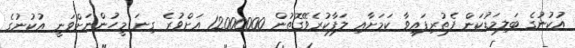
އުކުނުގެ ބަލިމަޑުކަން ފެތުރިފައިވާ ކަމަށާއި ލަފާކުރެވޭގޮތުން 12000000 އަށްވުރެ ގިނަ މީހުންނަށްވަނީ އުކުނުގެ